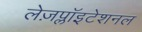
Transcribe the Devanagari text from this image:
लेज़प्लॉइटेशनल